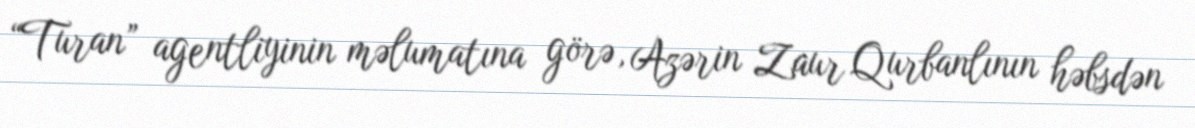
“Turan” agentliyinin məlumatına görə, Azərin Zaur Qurbanlının həbsdən